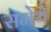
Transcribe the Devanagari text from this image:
समेथे